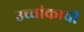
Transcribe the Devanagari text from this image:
उच्चांकाची